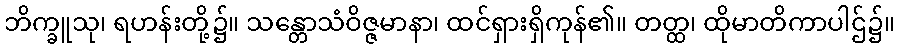
ဘိက္ခူသု၊ ရဟန်းတို့၌။ သန္တောသံဝိဇ္ဇမာနာ၊ ထင်ရှားရှိကုန်၏။ တတ္ထ၊ ထိုမာတိကာပါဌ်၌။